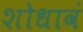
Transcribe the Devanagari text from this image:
शोधावं